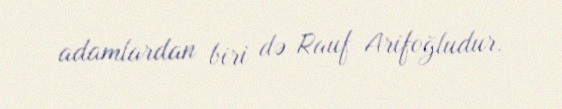
adamlardan biri də Rauf Arifoğludur.